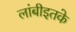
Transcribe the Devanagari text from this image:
लांबीइतके